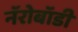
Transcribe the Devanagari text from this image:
नॅरोबॉडी